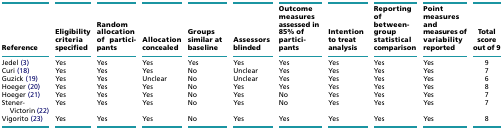
| Reference | Eligibility criteria specified | Random allocation of participants | Allocation concealed | Groups similar at baseline | Assessors blinded | Outcome measures assessed in 85% of participants | Intention to treat analysis | Reporting of between-group statistical comparison | Point measures and measures of variability reported | Total score out of 9 |
 | --- | --- | --- | --- | --- | --- | --- | --- | --- | --- | --- |
 | Jedel (3) | Yes | Yes | Yes | Yes | Yes | Yes | Yes | Yes | Yes | 9 |
 | Curi (18) | Yes | Yes | Yes | No | Unclear | Yes | Yes | Yes | Yes | 7 |
 | Guzick (19) | Yes | Yes | Unclear | No | Unclear | Yes | Yes | Yes | Yes | 6 |
 | Hoeger (20) | Yes | Yes | Yes | No | Yes | Yes | Yes | Yes | Yes | 8 |
 | Hoeger (21) | Yes | Yes | Yes | No | Yes | No | Yes | Yes | Yes | 7 |
 | Stener-Victorin (22) | Yes | Yes | Yes | No | Yes | No | Yes | Yes | Yes | 7 |
 | Vigorito (23) | Yes | Yes | Yes | No | Yes | Yes | Yes | Yes | Yes | 8 |